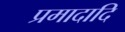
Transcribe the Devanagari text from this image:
प्रमादादि